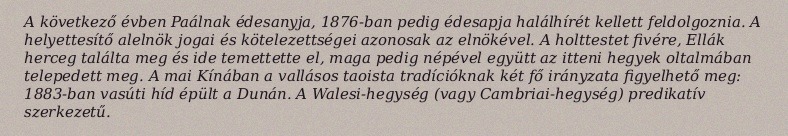
A következő évben Paálnak édesanyja, 1876-ban pedig édesapja halálhírét kellett feldolgoznia. A helyettesítő alelnök jogai és kötelezettségei azonosak az elnökével. A holttestet fivére, Ellák herceg találta meg és ide temettette el, maga pedig népével együtt az itteni hegyek oltalmában telepedett meg. A mai Kínában a vallásos taoista tradícióknak két fő irányzata figyelhető meg: 1883-ban vasúti híd épült a Dunán. A Walesi-hegység (vagy Cambriai-hegység) predikatív szerkezetű.